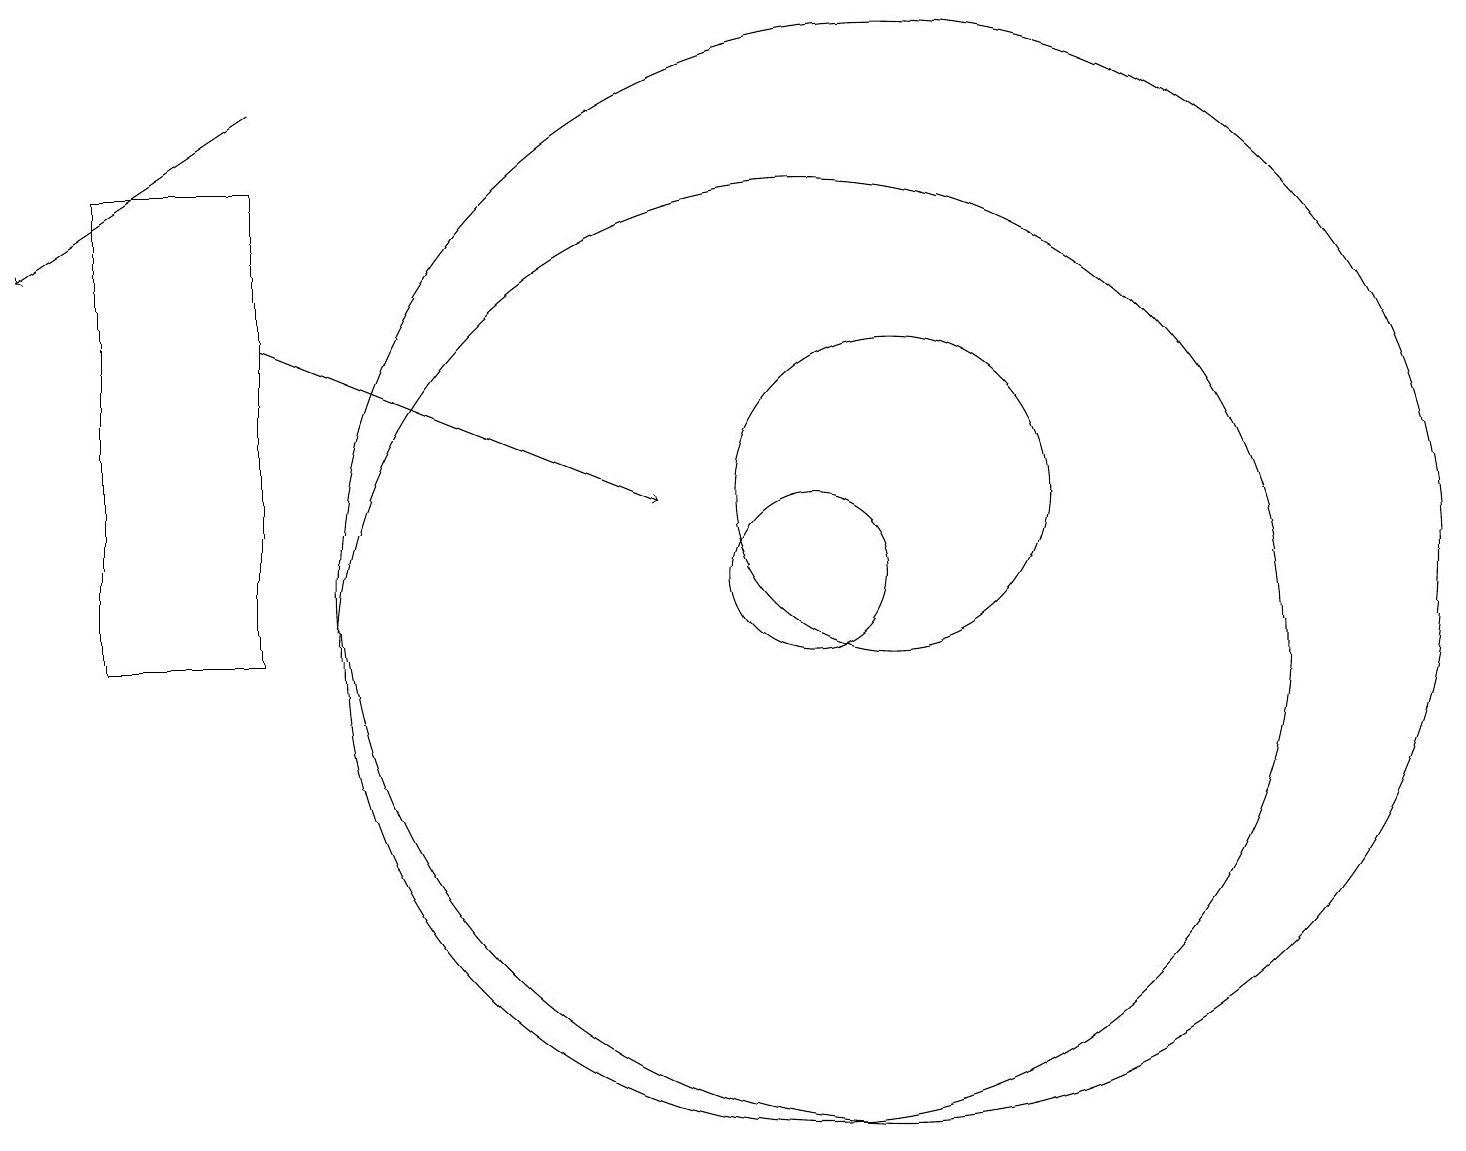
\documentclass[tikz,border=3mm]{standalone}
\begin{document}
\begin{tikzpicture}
\draw (12,11) circle (7);
\draw (11,11) circle (1);
\draw (11,10) circle (6);
\draw[->] (4,17) -- (1,15);
\draw (12,12) circle (2);
\draw (2,10) rectangle (4,16);
\draw[->] (4,14) -- (9,12);
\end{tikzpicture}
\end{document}